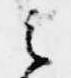
之